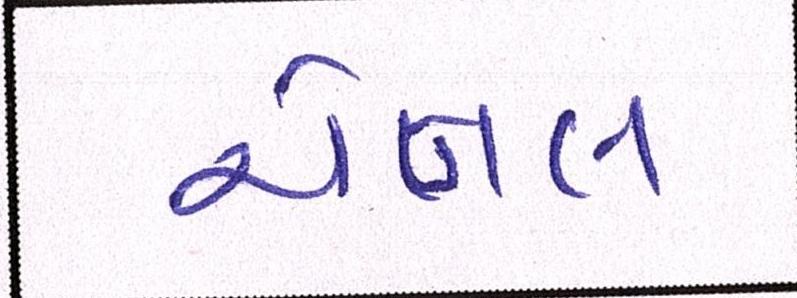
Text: ચેનલ